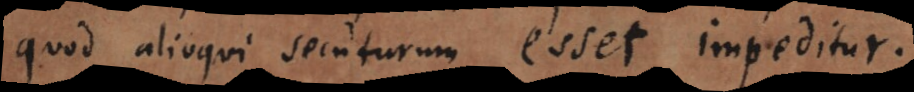
quod alioqui secuturum esset impeditur.